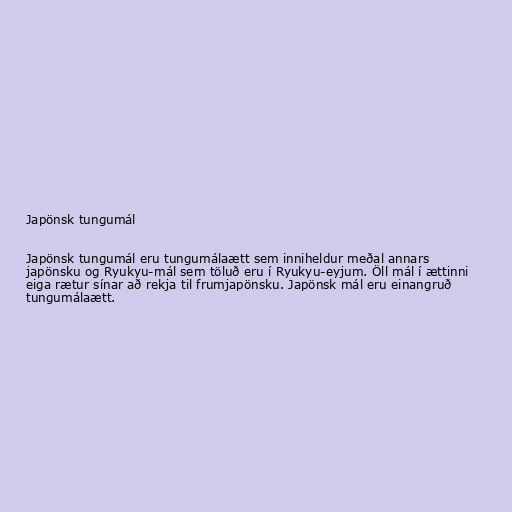
Japönsk tungumál

Japönsk tungumál eru tungumálaætt sem inniheldur meðal annars
japönsku og Ryukyu-mál sem töluð eru í Ryukyu-eyjum. Öll mál í ættinni
eiga rætur sínar að rekja til frumjapönsku. Japönsk mál eru einangruð
tungumálaætt.